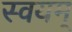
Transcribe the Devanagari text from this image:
स्वयम्‌